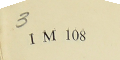
3IM 108